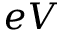
e V